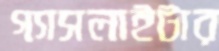
গ্যাসলাইটার